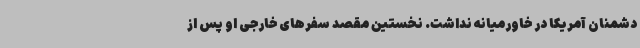
دشمنان آمریکا در خاورمیانه نداشت. نخستین مقصد سفرهای خارجی او پس از